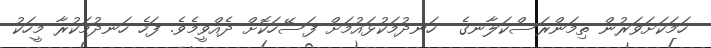
ހަމަކަށަވަރުން ތިމަންރަސްކަލާނގެ  ހަނދުމަކުޅައުމަށް ފަސޭހަކޮށް ދެއްވީމެވެ. ފަހެ ހަނދުމަކުރާ މީހަކު